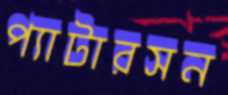
প্যাটারসন